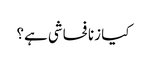
کیا زنا فحاشی ہے؟